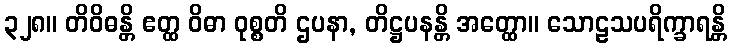
၃၂၈။ တိဝိဓန္တိ ဧတ္ထ ဝိဓာ ဝုစ္စတိ ဌပနာ, တိဋ္ဌပနန္တိ အတ္ထော။ သောဠသပရိက္ခာရန္တိ